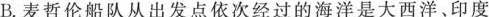
B.麦哲伦船队从出发点依次经过的海洋是大西洋、印度